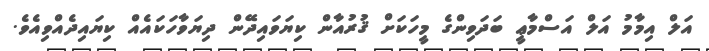
އަލް އިމާމު އަލް އަސްމާޢީ ބަދަވިންގެ މީހަކަށް ޤުރުއާން ކިޔަވައިދޭން ދިޔަވާހަކައެއް ކިޔައިދެއްވިއެވެ.